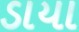
ડાયા